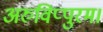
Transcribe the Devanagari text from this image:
अरुविप्पुरम।